Annual administration report of the Civil Veterinary Department of India - 1893-1894
Year: 1893
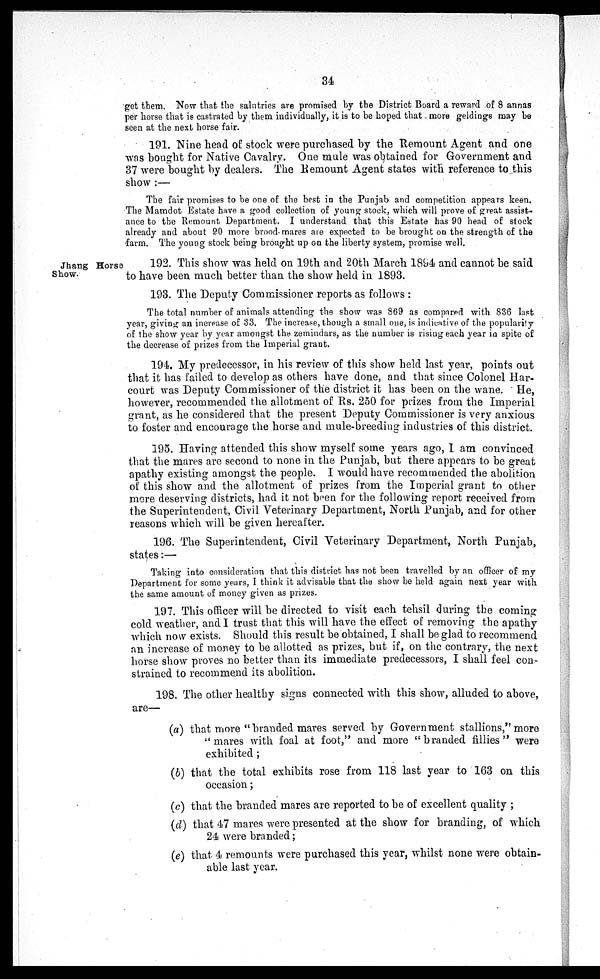
34
get them. Now that the salutries are promised by the District Board a reward of 8 annas
per horse that is castrated by them individually, it is to be hoped that more geldings may be
seen at the next horse fair.
191. Nine head of stock were purchased by the Remount Agent and one
was bought for Native Cavalry. One mule was obtained for Government and
37 were bought by dealers. The Remount Agent states with reference to this
show:—
The fair promises to be one of the best in the Punjab and competition appears keen.
The Mamdot Estate have a good collection of young stock, which will prove of great assist-
ance to the Remount Department. I understand that this Estate has 90 head of stock
already and about 90 more brood mares are expected to be brought on the strength of the
farm. The young stock being brought up on the liberty system, promise well.
Jhang Horse
Show.
192. This show was held on 19th and 20th March 1894 and cannot be said
to have been much better than the show held in 1893.
193. The Deputy Commissioner reports as follows:
The total number of animals attending the show was 869 as compared with 836 last
year, giving an increase of 33. The increase, though a small one, is indicative of the popularity
of the show year by year amongst the zemindars, as the number is rising each year in spite of
the decrease of prizes from the Imperial grant.
194. My predecessor, in his review of this show held last year, points out
that it has failed to develop as others have done, and that since Colonel Har-
court was Deputy Commissioner of the district it has been on the wane. He,
however, recommended the allotment of Rs. 250 for prizes from the Imperial
grant, as he considered that the present Deputy Commissioner is very anxious
to foster and encourage the horse and mule-breeding industries of this district.
195. Having attended this show myself some years ago, I am convinced
that the mares are second to none in the Punjab, but there appears to be great
apathy existing amongst the people. I would have recommended the abolition
of this show and the allotment of prizes from the Imperial grant to other
more deserving districts, had it not been for the following report received from
the Superintendent, Civil Veterinary Department, North Punjab, and for other
reasons which will be given hereafter.
196. The Superintendent, Civil Veterinary Department, North Punjab,
states:—
Taking into consideration that this district has not been travelled by an officer of my
Department for some years, I think it advisable that the show be held again next year with
the same amount of money given as prizes.
197. This officer will be directed to visit each tehsil during the coming
cold weather, and I trust that this will have the effect of removing the apathy
which now exists. Should this result be obtained, I shall be glad to recommend
an increase of money to be allotted as prizes, but if, on the contrary, the next
horse show proves no better than its immediate predecessors, I shall feel con-
strained to recommend its abolition.
198. The other healthy signs connected with this show, alluded to above,
are—
(a) that more "branded mares served by Government stallions," more
"mares with foal at foot," and more "branded fillies" were
exhibited;
(b) that the total exhibits rose from 118 last year to 163 on this
occasion;
(c) that the branded mares are reported to be of excellent quality;
(d) that 47 mares were presented at the show for branding, of which
24 were branded;
(e) that 4 remounts were purchased this year, whilst none were obtain-
able last year.